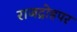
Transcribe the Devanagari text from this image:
राजद्रोहपर